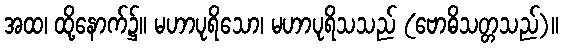
အထ၊ ထို့နောက်၌။ မဟာပုရိသော၊ မဟာပုရိသသည် (ဗောဓိသတ္တသည်)။